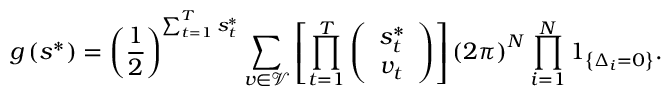
g \left( \boldsymbol { s } ^ { * } \right) = \left( \frac { 1 } { 2 } \right) ^ { \sum _ { t = 1 } ^ { T } s _ { t } ^ { * } } \sum _ { \boldsymbol { v } \in \mathcal { V } } \left[ \prod _ { t = 1 } ^ { T } \left( \begin{array} { c } { s _ { t } ^ { * } } \\ { v _ { t } } \end{array} \right) \right] \left( 2 \pi \right) ^ { N } \prod _ { i = 1 } ^ { N } \boldsymbol { 1 } _ { \left\{ \Delta _ { i } = 0 \right\} } .